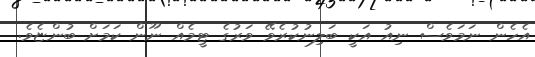
އެހެން ނަމަވެސް ނިއު އަކީ ބަލިނުކުރެވޭ ވަރުގެ ޓީމެއް ނޫން ކަމަށް ބުންޏެވެ.